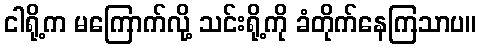
ငါရို့က မကြောက်လို့ သင်းရို့ကို ခံတိုက်နေကြသာပ။